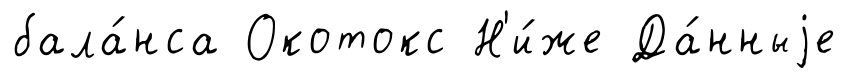
бала́нса Окотокс Н'и́же Да́нныjе